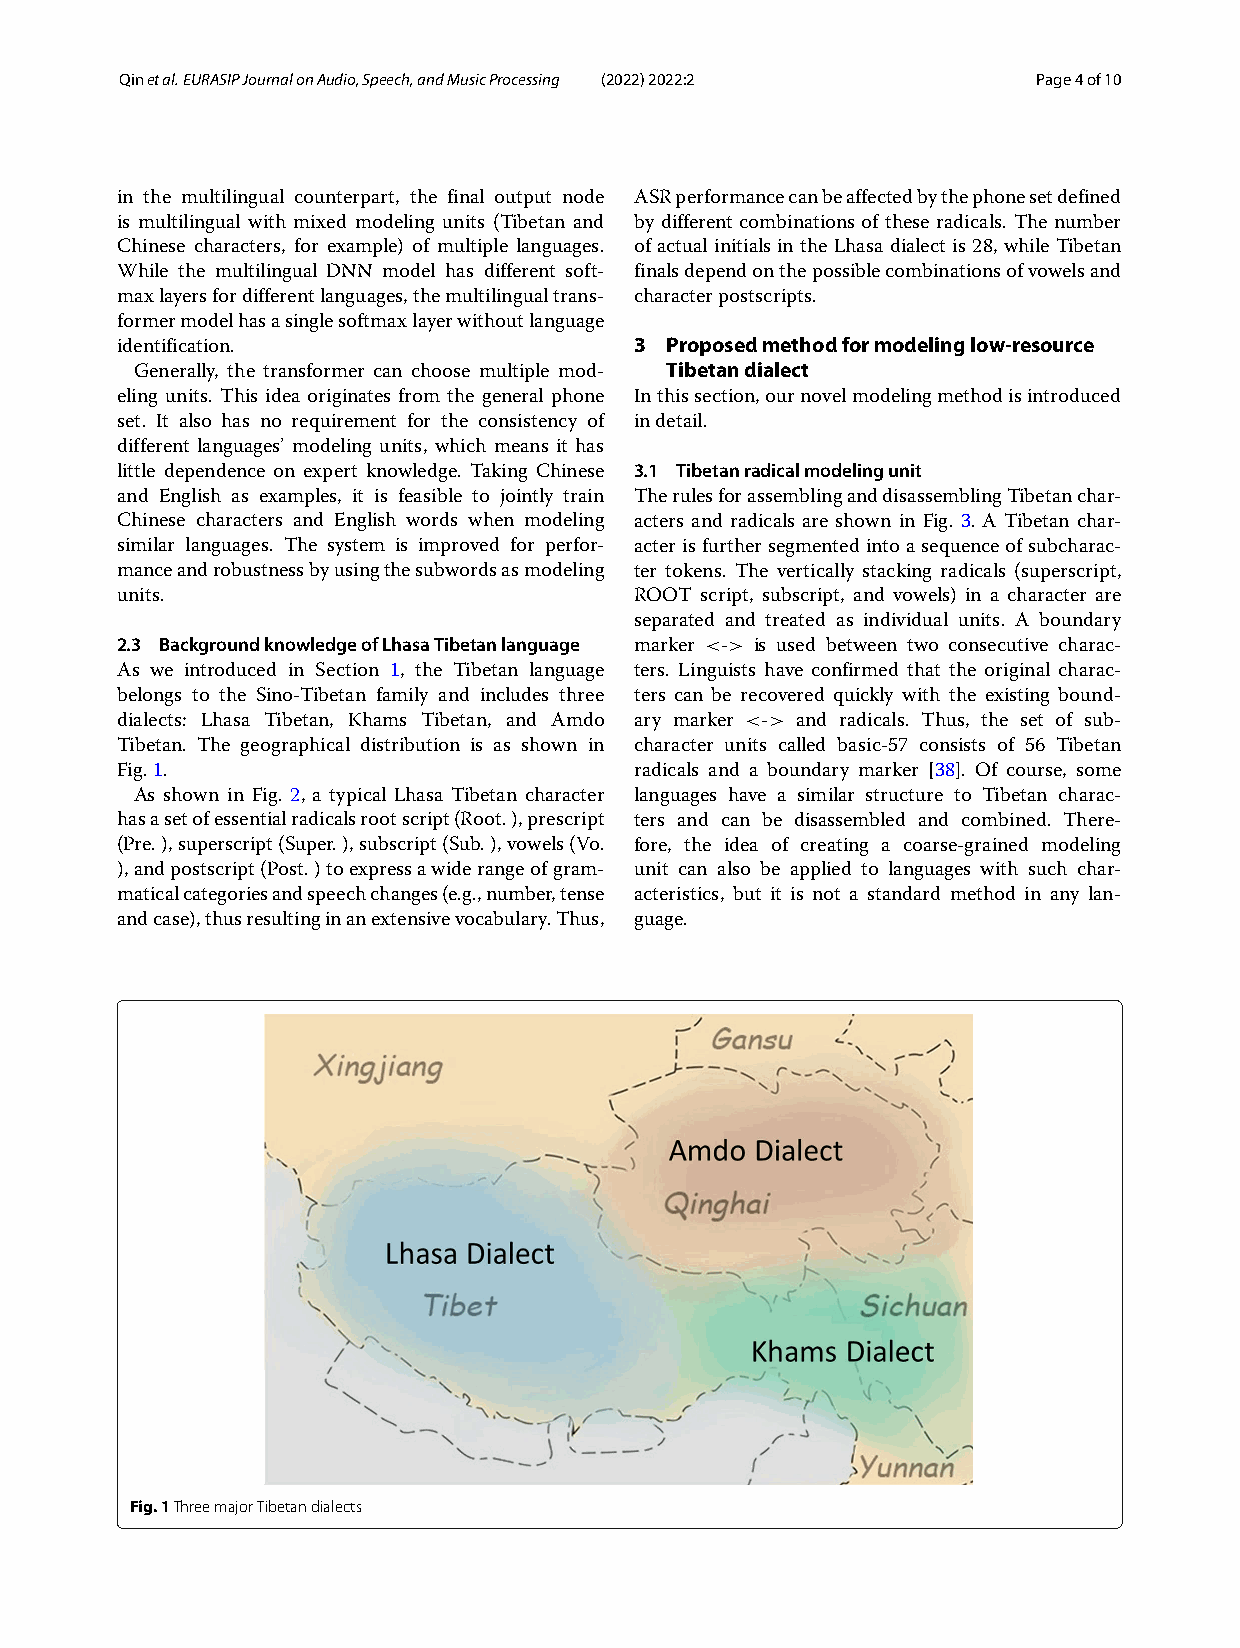
Qinetal.EURASIPJournalonAudio,Speech,andMusicProcessing (2022) 2022:2 Page4of10
 in the multilingual counterpart, the final output node ASRperformancecanbeaffectedbythephonesetdefined
 is multilingual with mixed modeling units (Tibetan and by different combinations of these radicals. The number
 Chinese characters, for example) of multiple languages. of actual initials in the Lhasa dialect is 28, while Tibetan
 While the multilingual DNN model has different soft- finalsdependonthepossiblecombinationsofvowelsand
 maxlayersfordifferentlanguages,themultilingualtrans- characterpostscripts.
 formermodelhasasinglesoftmaxlayerwithoutlanguage
 identification.                   3 Proposedmethodformodelinglow-resource
 Generally, the transformer can choose multiple mod- Tibetandialect
 eling units. This idea originates from the general phone Inthissection,ournovelmodelingmethodisintroduced
 set. It also has no requirement for the consistency of indetail.
 different languages’ modeling units, which means it has
 little dependence on expert knowledge. Taking Chinese 3.1 Tibetanradicalmodelingunit
 and English as examples, it is feasible to jointly train TherulesforassemblinganddisassemblingTibetanchar-
 Chinese characters and English words when modeling acters and radicals are shown in Fig. 3. A Tibetan char-
 similar languages. The system is improved for perfor- acterisfurthersegmentedintoasequenceofsubcharac-
 manceandrobustnessbyusingthesubwordsasmodeling ter tokens. The vertically stacking radicals (superscript,
 units.                            ROOT script, subscript, and vowels) in a character are
 separated and treated as individual units. A boundary
 2.3 BackgroundknowledgeofLhasaTibetanlanguage marker <-> is used between two consecutive charac-
 As we introduced in Section 1, the Tibetan language ters. Linguists have confirmed that the original charac-
 belongs to the Sino-Tibetan family and includes three ters can be recovered quickly with the existing bound-
 dialects: Lhasa Tibetan, Khams Tibetan, and Amdo ary marker <-> and radicals. Thus, the set of sub-
 Tibetan. The geographical distribution is as shown in character units called basic-57 consists of 56 Tibetan
 Fig.1.                            radicals and a boundary marker [38]. Of course, some
 As shown in Fig. 2, a typical Lhasa Tibetan character languages have a similar structure to Tibetan charac-
 hasasetofessentialradicalsrootscript(Root.),prescript ters and can be disassembled and combined. There-
 (Pre.),superscript(Super.),subscript(Sub.),vowels(Vo. fore, the idea of creating a coarse-grained modeling
 ),andpostscript(Post.)toexpressawiderangeofgram- unit can also be applied to languages with such char-
 maticalcategoriesandspeechchanges(e.g.,number,tense acteristics, but it is not a standard method in any lan-
 andcase),thusresultinginanextensivevocabulary.Thus, guage.
 Fig.1ThreemajorTibetandialects